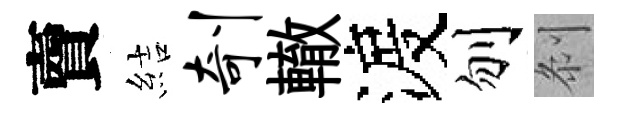
𧶠結剞轍渡刎𠛴